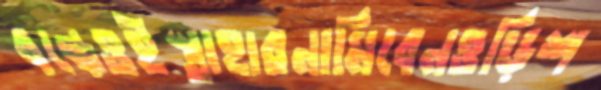
বন্ধেওইস্তাহারনামিবেনওড়িশ